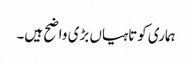
ہماری کوتاہیاں بڑی واضح ہیں۔